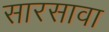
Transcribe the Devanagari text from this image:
सारसावा